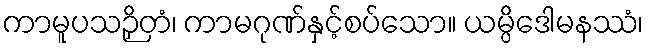
ကာမူပသဉှိတံ၊ ကာမဂုဏ်နှင့်စပ်သော။ ယမ္ပိဒေါမနဿံ၊